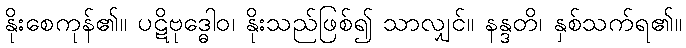
နိုးစေကုန်၏။ ပဋိဗုဒ္ဓေါဝ၊ နိုးသည်ဖြစ်၍ သာလျှင်။ နန္ဒတိ၊ နှစ်သက်ရ၏။